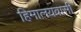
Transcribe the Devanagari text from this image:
हिमालयवासी